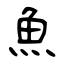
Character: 魚